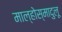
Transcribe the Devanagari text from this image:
माल्होस्मादुलू